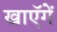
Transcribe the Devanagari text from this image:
खाएॅगें